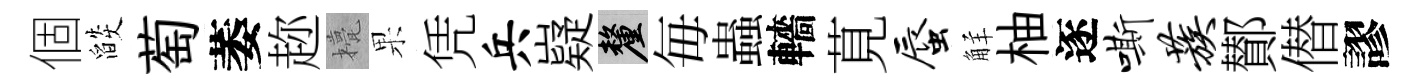
個燄萄萎趂甍果凭兵嶷厘毎蟲轖莧蜃觧柚逐嘶蔟鄼僣謬